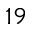
1 9